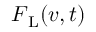
\boldsymbol { F } _ { \mathrm { L } } ( \boldsymbol { v } , t )